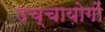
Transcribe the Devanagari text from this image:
उच्चायोगों